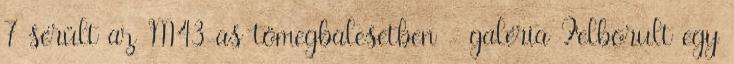
7 sérült az M43-as tömegbalesetben - galéria Felborult egy